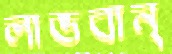
লাভবান্‌